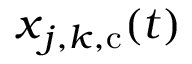
\boldsymbol { x } _ { j , \boldsymbol { k } , \mathrm { c } } ( t )